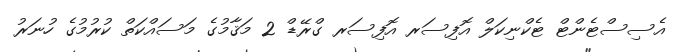
އެސިސްޓެންޓް ޓެކްނިކަލް އޮފިސަރ އޮފިސަރ ގްރޭޑް 2 މަޤާމުގެ މަސައްކަތް ކުރުމުގެ ހުނަރު